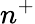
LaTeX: n^{+}